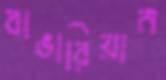
বাভারিয়ান